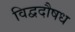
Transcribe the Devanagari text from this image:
विद्वदौषध